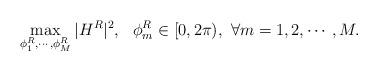
LaTeX: \begin{align*} \max_{\phi^R_1,\cdots,\phi^R_M} |H^R|^2, \ \ \phi^R_m \in [0,2\pi), \ \forall m=1,2,\cdots,M.\end{align*}